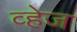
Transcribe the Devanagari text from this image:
व्हेज